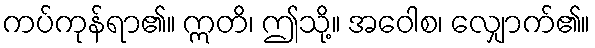
ကပ်ကုန်ရာ၏။ ဣတိ၊ ဤသို့။ အဝေါစ၊ လျှောက်၏။